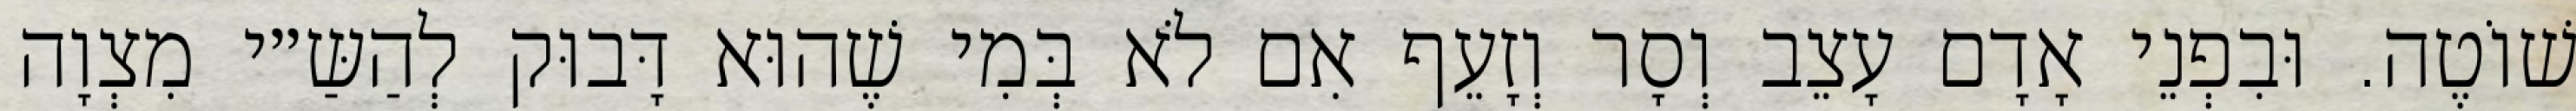
שׁוֹטֶה. וּבִפְנֵי אָדָם עָצֵב וְסָר וְזָעֵף אִם לֹא בְּמִי שֶׁהוּא דָּבוּק לְהַשַּ״י מִצְוָה